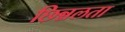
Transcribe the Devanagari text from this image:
छिन्नलता